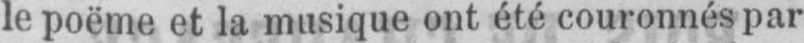
le poëme et la musique ont été couronnés par